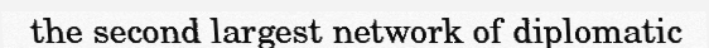
the second largest network of diplomatic